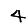
Digit: 4